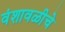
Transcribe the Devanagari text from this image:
वंशावळीचे